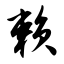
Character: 赖